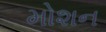
મોશન